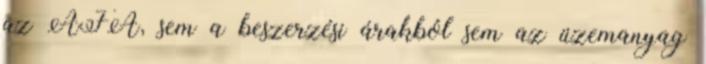
az ÁFA, sem a beszerzési árakból sem az üzemanyag